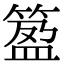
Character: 𥯰